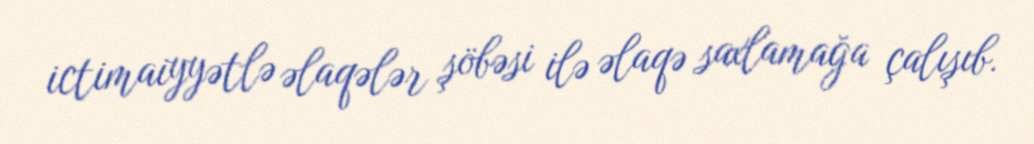
ictimaiyyətlə əlaqələr şöbəsi ilə əlaqə saxlamağa çalışıb.